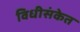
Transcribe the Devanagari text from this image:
विधीसंकेत